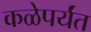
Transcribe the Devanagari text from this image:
कळेपर्यंत